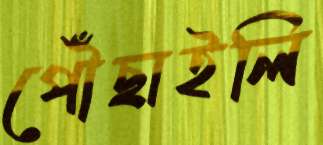
পৌঁছাইলি